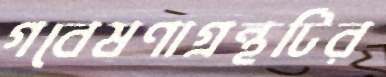
গবেষণাগ্রন্থটির